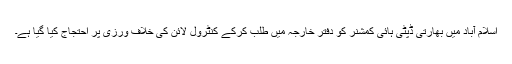
اسلام آباد میں بھارتی ڈپٹی ہائی کمشنر کو دفتر خارجہ میں طلب کرکے کنٹرول لائن کی خلاف ورزی پر احتجاج کیا گیا ہے۔